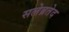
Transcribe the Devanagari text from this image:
सलेब्रतेद